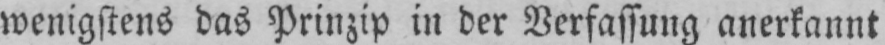
wenigstens das Prinzip in der Verfassung anerkannt